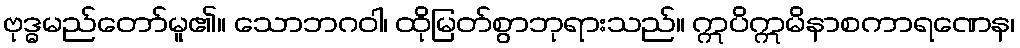
ဗုဒ္ဓမည်တော်မူ၏။ သောဘဂဝါ၊ ထိုမြတ်စွာဘုရားသည်။ ဣပိဣမိနာစကာရဏေန၊